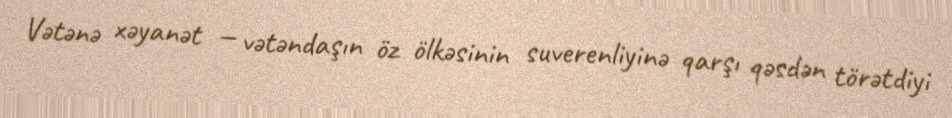
Vətənə xəyanət — vətəndaşın öz ölkəsinin suverenliyinə qarşı qəsdən törətdiyi